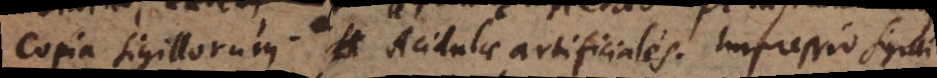
Copia sigillorum. Acidulae artificiales. Impressio Sigilli